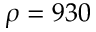
\rho = 9 3 0